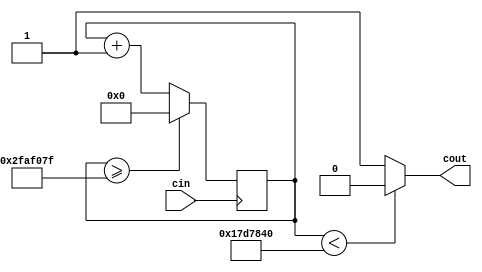
module ClockDivider(cin, cout);

// Based on code from fpga4students.com
// cin is the input clock; if from DE10-lite,
// the input clock will be at 50 MHz
// The clock divider counts 50 million cycles of the input clock
// before resetting, i.e., it ressets once per second
// The output is zero for the first half of the 50 million cycles
// and 1 for the second half, i.e., it is now a 1 Hz clock

input cin;
output cout;

reg[31:0] count = 32'd0;
parameter D = 32'd50000000;

always @(posedge cin)
begin  
    count <= count + 32'd1;
    if (count >= D-1)
        count <= 32'd0;
end

// A ? B : C 
// if A is true, return B, else return C

assign cout = (count < D/2) ? 1'b0 : 1'b1; //half a second it is 0, other half it is 1

endmodule